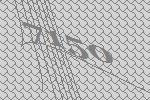
7150